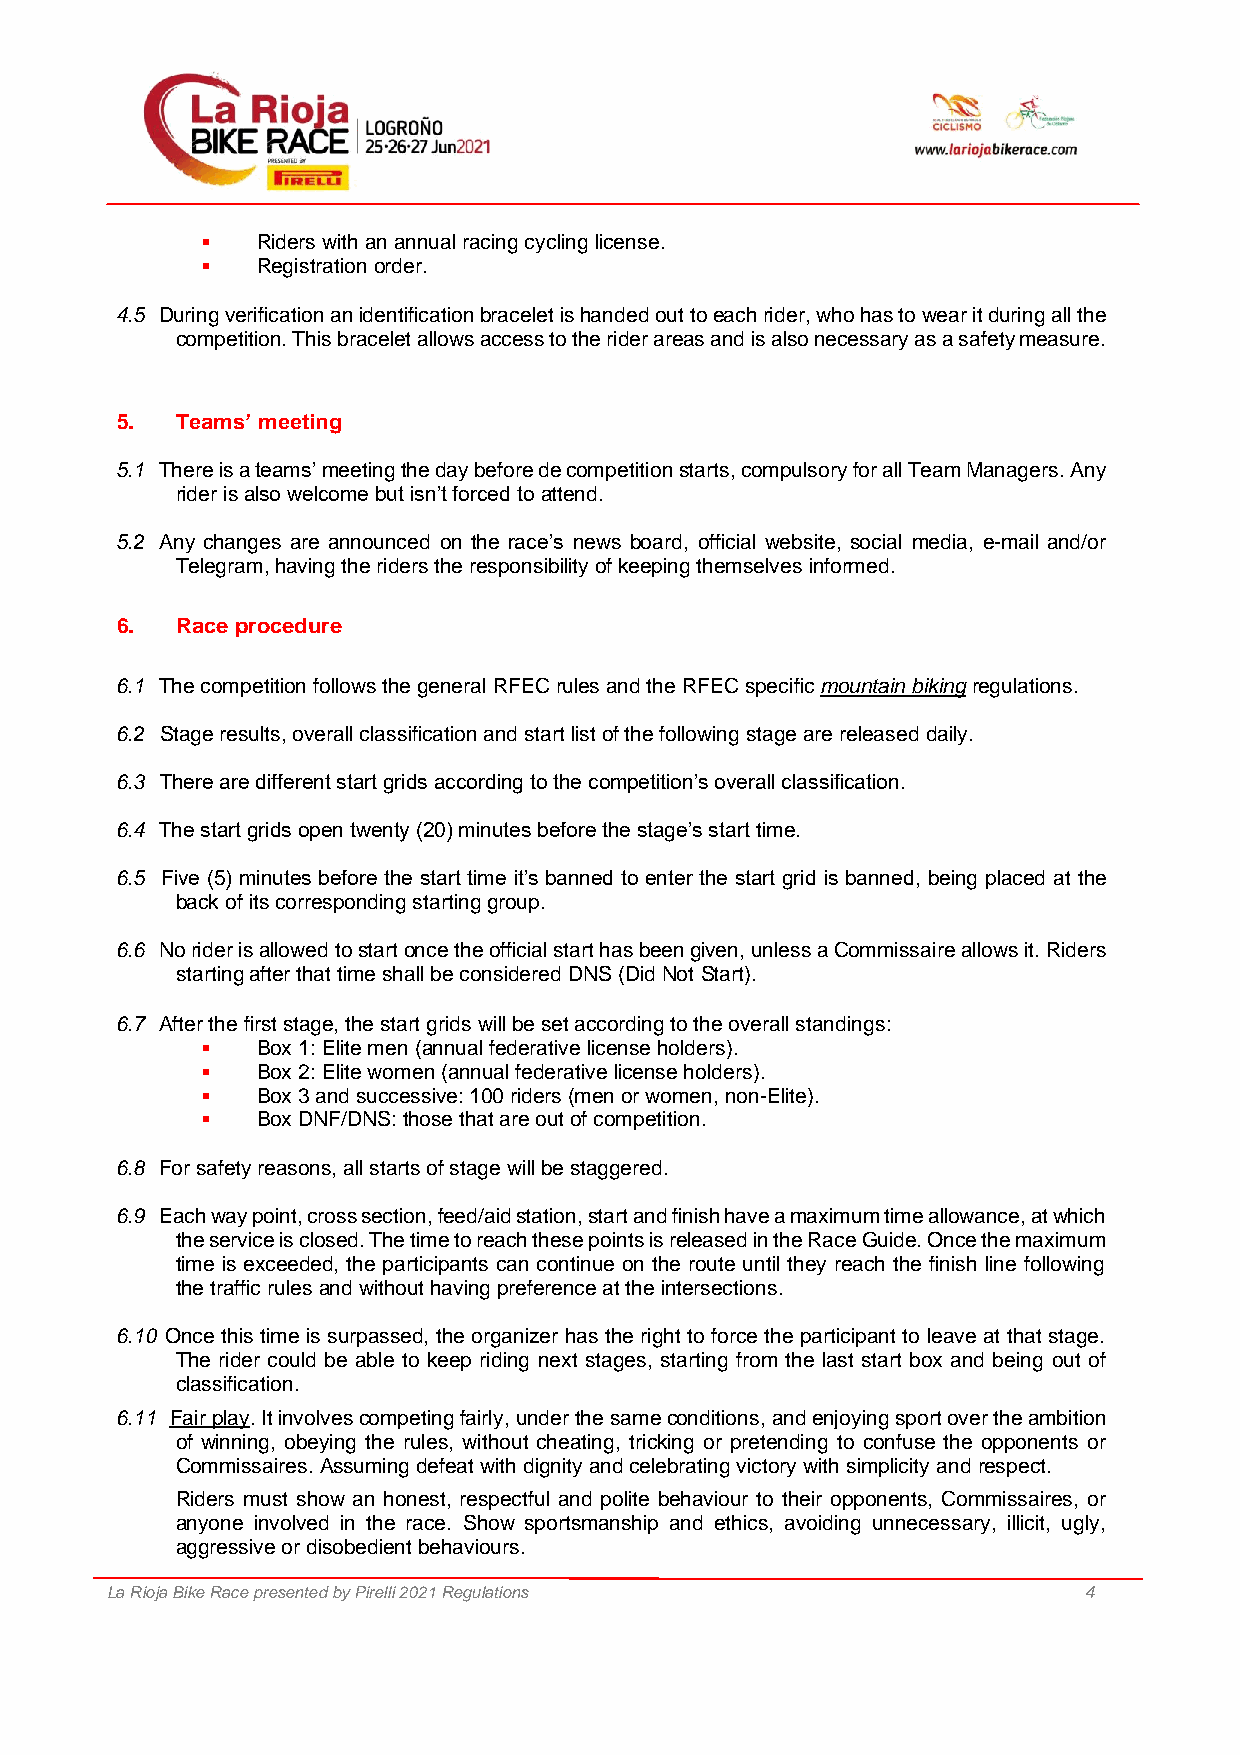
▪   Riders with an annual racing cycling license.
 ▪   Registration order.
 4.5 During verification an identification bracelet is handed out to each rider, who has to wear it during all the
 competition. This bracelet allows access to the rider areas and is also necessary as a safety measure.
 5.  Teams’ meeting
 5.1 There is a teams’ meeting the day before de competition starts, compulsory for all Team Managers. Any
 rider is also welcome but isn’t forced to attend.
 5.2 Any changes are announced on the race’s news board, official website, social media, e-mail and/or
 Telegram, having the riders the responsibility of keeping themselves informed.
 6.  Race procedure
 6.1 The competition follows the general RFEC rules and the RFEC specific mountain biking regulations.
 6.2 Stage results, overall classification and start list of the following stage are released daily.
 6.3 There are different start grids according to the competition’s overall classification.
 6.4 The start grids open twenty (20) minutes before the stage’s start time.
 6.5 Five (5) minutes before the start time it’s banned to enter the start grid is banned, being placed at the
 back of its corresponding starting group.
 6.6 No rider is allowed to start once the official start has been given, unless a Commissaire allows it. Riders
 starting after that time shall be considered DNS (Did Not Start).
 6.7 After the first stage, the start grids will be set according to the overall standings:
 ▪   Box 1: Elite men (annual federative license holders).
 ▪   Box 2: Elite women (annual federative license holders).
 ▪   Box 3 and successive: 100 riders (men or women, non-Elite).
 ▪   Box DNF/DNS: those that are out of competition.
 6.8 For safety reasons, all starts of stage will be staggered.
 6.9 Each way point, cross section, feed/aid station, start and finish have a maximum time allowance, at which
 the service is closed. The time to reach these points is released in the Race Guide. Once the maximum
 time is exceeded, the participants can continue on the route until they reach the finish line following
 the traffic rules and without having preference at the intersections.
 6.10 Once this time is surpassed, the organizer has the right to force the participant to leave at that stage.
 The rider could be able to keep riding next stages, starting from the last start box and being out of
 classification.
 6.11 Fair play. It involves competing fairly, under the same conditions, and enjoying sport over the ambition
 of winning, obeying the rules, without cheating, tricking or pretending to confuse the opponents or
 Commissaires. Assuming defeat with dignity and celebrating victory with simplicity and respect.
 Riders must show an honest, respectful and polite behaviour to their opponents, Commissaires, or
 anyone involved in the race. Show sportsmanship and ethics, avoiding unnecessary, illicit, ugly,
 aggressive or disobedient behaviours.
 La Rioja Bike Race presented by Pirelli 2021 Regulations         4